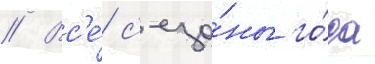
// Вс'е́ с'езо́ны го́да